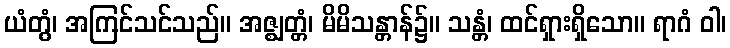
ယံတွံ၊ အကြင်သင်သည်။ အဇ္ဈတ္တံ၊ မိမိသန္တာန်၌။ သန္တံ၊ ထင်ရှားရှိသော။ ရာဂံ ဝါ၊